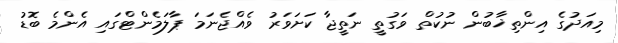
މިއަދުގެ އިންތިޚާބުން ނުކުތް ވަގުތީ ނަތީޖާ ކަށަވަރު ވެއްޖެނަމަ ޕާލަމެންޓްގައި އެންމެ ބޮޑު